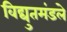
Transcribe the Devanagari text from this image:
विद्युतमंडले